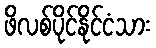
ဖိလစ်ပိုင်နိုင်ငံသား